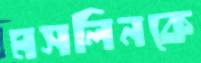
মসলিনকে